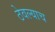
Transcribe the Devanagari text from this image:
ठेवल्याच